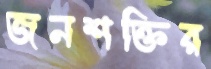
জনশক্তির